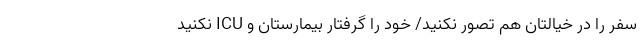
سفر را در خیالتان هم تصور نکنید/ خود را گرفتار بیمارستان و ICU نکنید